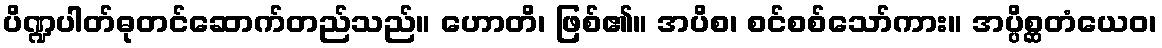
ပိဏ္ဍပါတ်ဓုတင်ဆောက်တည်သည်။ ဟောတိ၊ ဖြစ်၏။ အပိစ၊ စင်စစ်သော်ကား။ အပ္ပိစ္ဆတံယေဝ၊